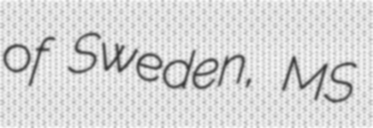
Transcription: of Sweden, MS